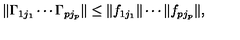
\| \Gamma _ { 1 j _ { 1 } } \cdots \Gamma _ { p j _ { p } } \| \le \| f _ { 1 j _ { 1 } } \| \cdots \| f _ { p j _ { p } } \| ,